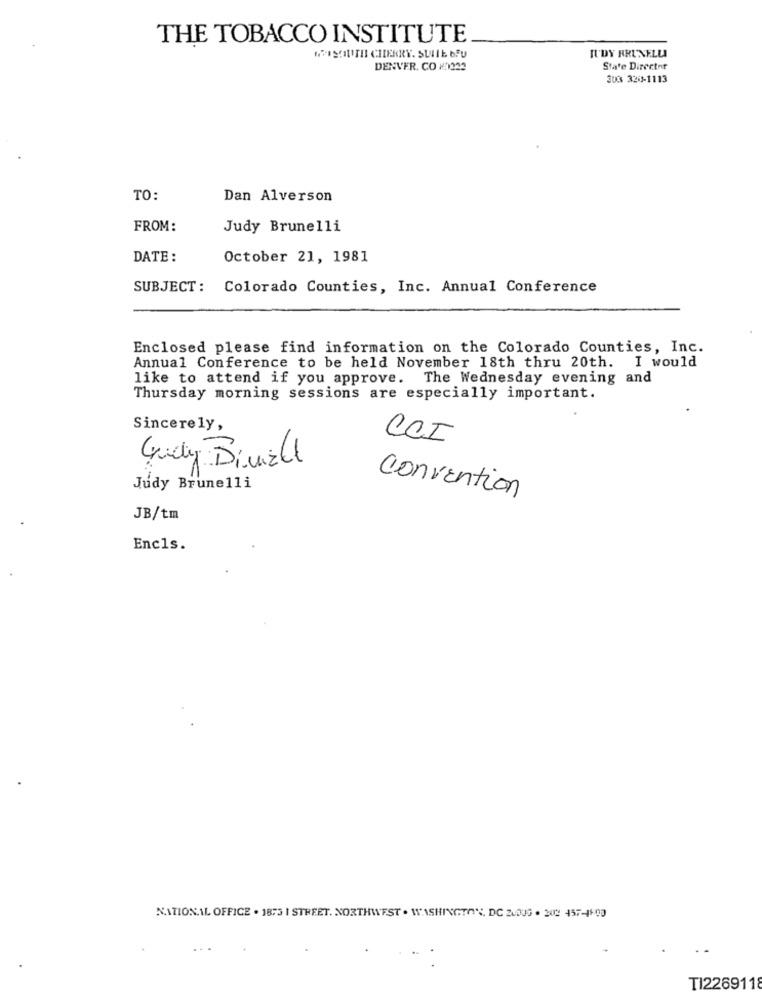
THE TOBACCO INSTITUTE
RUDY BRUNELLA
WWFSOUTH CHERRY. SUILE bFU
DENVER. CO 201222
State Director
300 326-1113
TO:
Dan Alverson
FROM:
Judy Brunelli
DATE :
October 21, 1981
SUBJECT: Colorado Counties, Inc. Annual Conference
Enclosed please find information on the Colorado Counties, Inc.
Annual Conference to be held November 18th thru 20th. I would
like to attend if you approve. The Wednesday evening and
Thursday morning sessions are especially important.
Sincerely,
Guddy Binizle
Judy Brunelli
convention
JB/tm
Encls.
NATIONAL OFFICE . 1875 I STREET. NORTHWEST . WASHINGTON, DC 200US . 202 457-1890
TI2269118